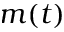
m ( t )